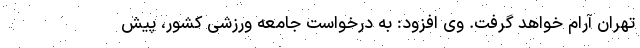
تهران آرام خواهد گرفت. وی افزود: به درخواست جامعه ورزشی کشور، پیش